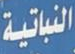
النباتية